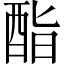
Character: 酯